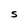
Character: S